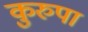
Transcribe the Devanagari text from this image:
कुरुपा